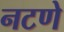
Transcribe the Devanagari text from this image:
नटणे